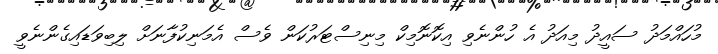
މުހައްމަދު ސައީދު މިއަދު އެ ހުންނެވި އިކޮނޮމިކް މިނިސްޓަރުކަން ވެސް އެމަނިކުފާނަށް ލިބިވަޑައިގެންނެވީ